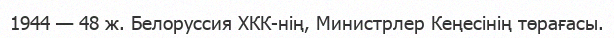
1944 — 48 ж. Белоруссия ХКК-нің, Министрлер Кеңесінің төрағасы.